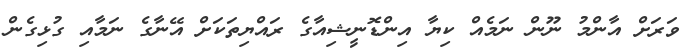
ވަރަށް އާންމު ނޫން ނަމެއް ކިޔާ އިންޑޮނީޝިއާގެ ރައްޔިތަކަށް އޭނާގެ ނަމާއި ގުޅިގެން